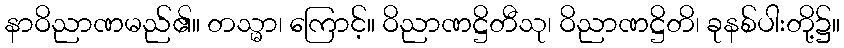
နာဝိညာဏမည်၏။ တသ္မာ၊ ကြောင့်။ ဝိညာဏဋ္ဌိတီသု၊ ဝိညာဏဋ္ဌိတိ၊ ခုနစ်ပါးတို့၌။